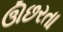
ઊછરતા